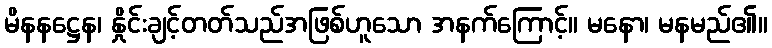
မိနနဋ္ဌေန၊ နှိုင်းချင့်တတ်သည်အဖြစ်ဟူသော အနက်ကြောင့်။ မနော၊ မနမည်၏။